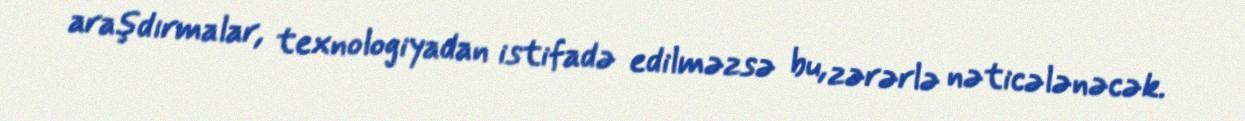
araşdırmalar, texnologiyadan istifadə edilməzsə bu, zərərlə nəticələnəcək.